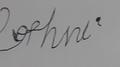
Signature authenticity: forged